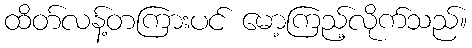
ထိတ်လန့်တကြားပင် မော့ကြည့်လိုက်သည်။